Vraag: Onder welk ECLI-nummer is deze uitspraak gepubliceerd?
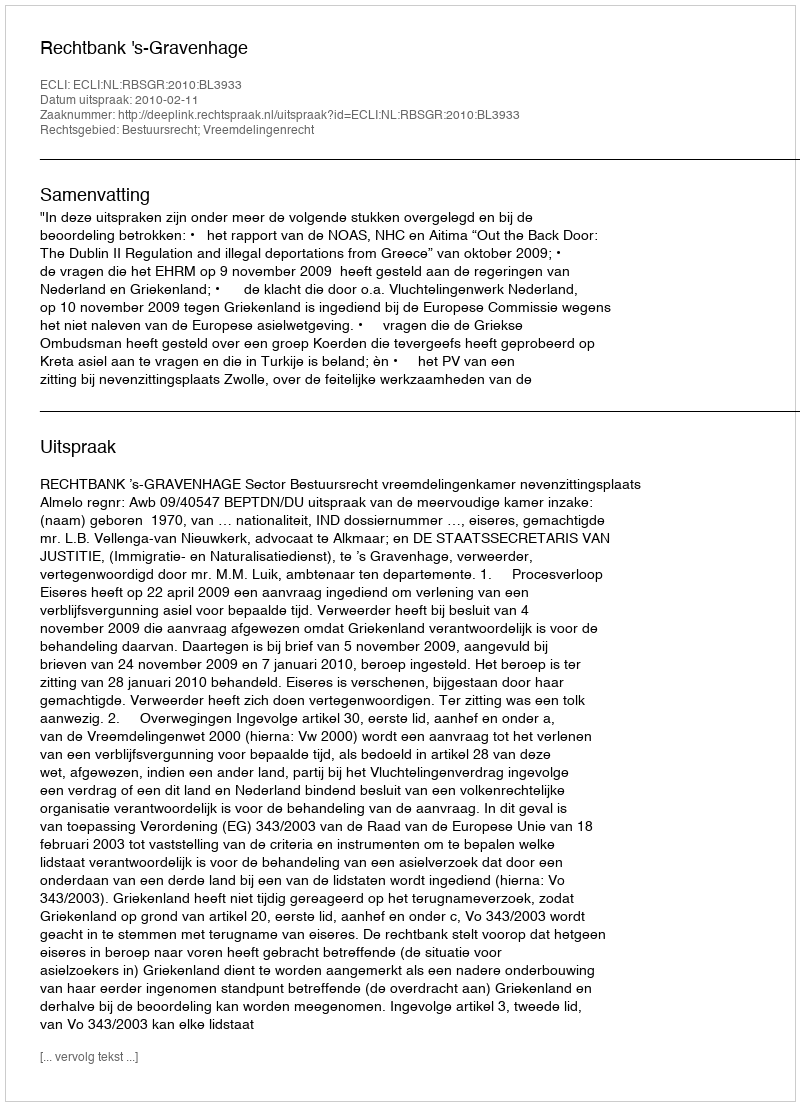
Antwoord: ECLI:NL:RBSGR:2010:BL3933